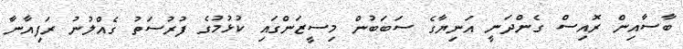
ބާސާއިން ރޮއިސް ގެންދަނީ އަނިޔާގެ ސަބަބުން މިސީޒަންގައި ކުޅުމުގެ ފުރުސަތު ގެއްލުނު ރަފިއާނާ